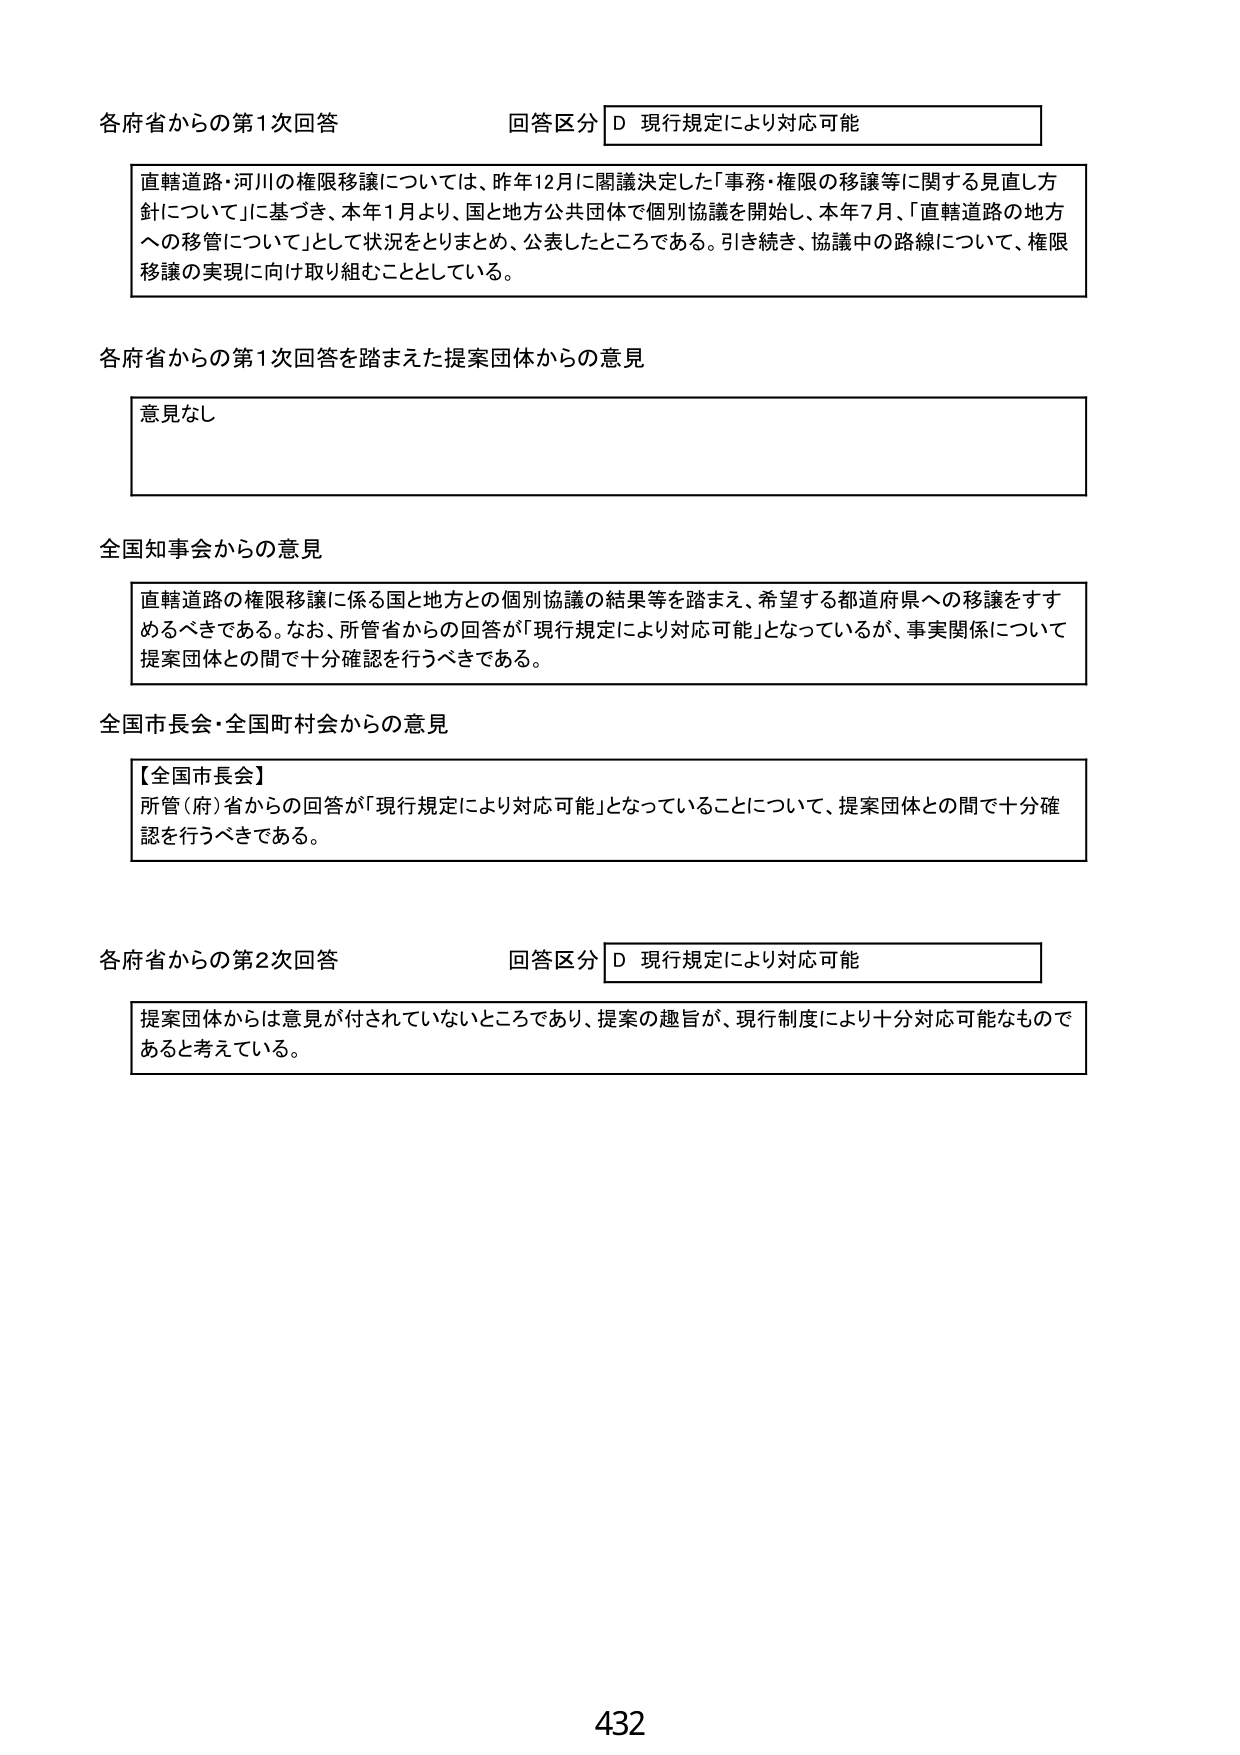
各府省からの第1次回答 回答区分 D 現行規定により対応可能

直轄道路・河川の権限移譲については、昨年12月に閣議決定した「事務・権限の移譲等に関する見直し方針について」に基づき、本年1月より、国と地方公共団体で個別協議を開始し、本年7月、「直轄道路の地方への移管について」として状況をとりまとめ、公表したところである。引き続き、協議中の路線について、権限移譲の実現に向け取り組むこととしている。

各府省からの第1次回答を踏まえた提案団体からの意見

意見なし

全国知事会からの意見

直轄道路の権限移譲に係る国と地方との個別協議の結果等を踏まえ、希望する都道府県への移譲をすすめるべきである。なお、所管省からの回答が「現行規定により対応可能」となっているが、事実関係について提案団体との間で十分確認を行うべきである。

全国市長会・全国町村会からの意見

【全国市長会】
所管（府）省からの回答が「現行規定により対応可能」となっていることについて、提案団体との間で十分確認を行うべきである。

各府省からの第2次回答 回答区分 D 現行規定により対応可能

提案団体からは意見が付されていないところであり、提案の趣旨が、現行制度により十分対応可能なものであると考えている。

432